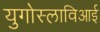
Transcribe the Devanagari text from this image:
युगोस्लाविआई